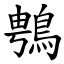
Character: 䳙